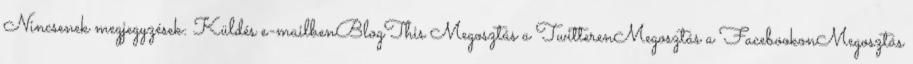
Nincsenek megjegyzések: Küldés e-mailbenBlogThis Megosztás a TwitterenMegosztás a FacebookonMegosztás